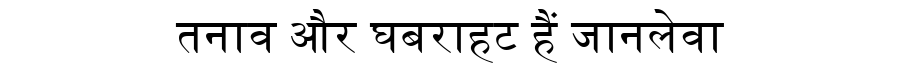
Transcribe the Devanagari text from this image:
तनाव और घबराहट हैं जानलेवा